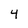
Character: 4